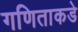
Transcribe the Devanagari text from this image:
गणिताकडे